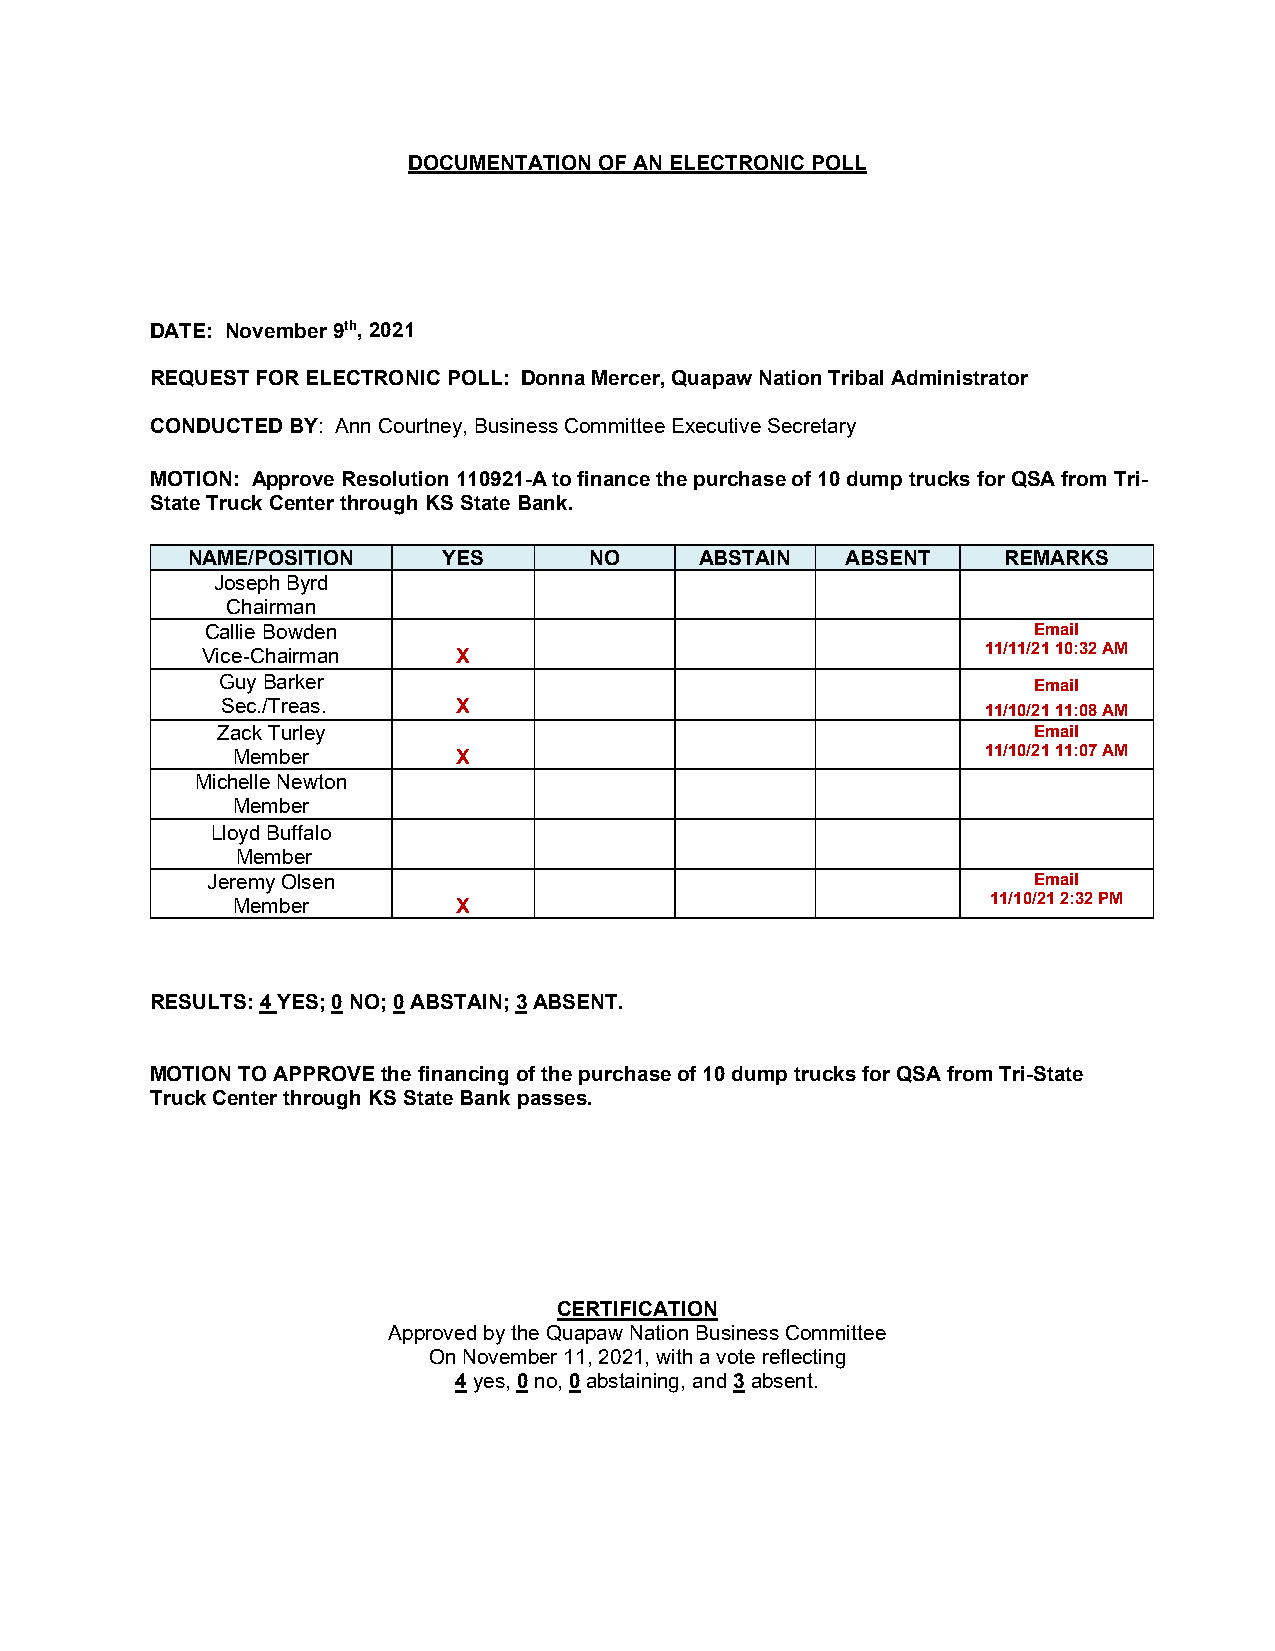
DOCUMENTATION OF AN ELECTRONIC POLL
 DATE: November 9th, 2021
 REQUEST FOR ELECTRONIC POLL: Donna Mercer, Quapaw Nation Tribal Administrator
 CONDUCTED BY: Ann Courtney, Business Committee Executive Secretary
 MOTION: Approve Resolution 110921-A to finance the purchase of 10 dump trucks for QSA from Tri-
 State Truck Center through KS State Bank.
 NAME/POSITION    YES       NO     ABSTAIN   ABSENT    REMARKS
 Joseph Byrd
 Chairman
 Callie Bowden                                         Email
 Vice-Chairman    X                                  11/11/21 10:32 AM
 Guy Barker                                            Email
 Sec./Treas.    X                                  11/10/21 11:08 AM
 Zack Turley                                           Email
 Member         X                                  11/10/21 11:07 AM
 Michelle Newton
 Member
 Lloyd Buffalo
 Member
 Jeremy Olsen                                          Email
 Member         X                                   11/10/21 2:32 PM
 RESULTS: 4 YES; 0 NO; 0 ABSTAIN; 3 ABSENT.
 MOTION TO APPROVE the financing of the purchase of 10 dump trucks for QSA from Tri-State
 Truck Center through KS State Bank passes.
 CERTIFICATION
 Approved by the Quapaw Nation Business Committee
 On November 11, 2021, with a vote reflecting
 4 yes, 0 no, 0 abstaining, and 3 absent.